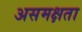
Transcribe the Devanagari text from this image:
असमक्षता